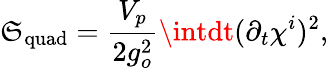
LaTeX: \mathfrak{S}_{\mathrm{{quad}}}=\frac{{V_{p}}}{{2g_{o}^{2}}}\intdt(\partial_{t}\chi^{i})^{2},